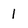
Character: 1